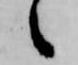
々